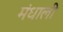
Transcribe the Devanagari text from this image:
मंधाली